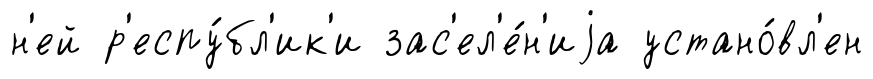
н'ей р'еспу́бл'ик'и зас'ел'е́н'иjа устано́вл'ен